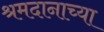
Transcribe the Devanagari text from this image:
श्रमदानाच्या